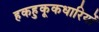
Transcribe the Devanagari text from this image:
हकहुकूकधारियों